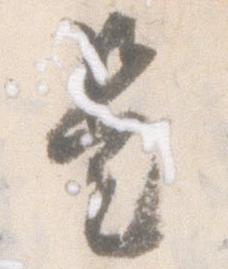
是